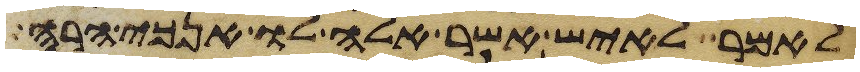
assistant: לאמר לאיש אשר אלה לו אנכי הרה